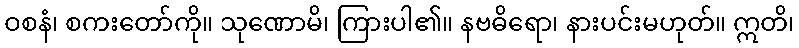
ဝစနံ၊ စကးတော်ကို။ သုဏောမိ၊ ကြားပါ၏။ နဗဓိရော၊ နားပင်းမဟုတ်။ ဣတိ၊